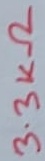
Text: 3.3KΩ